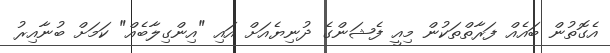
އެގޮތުން ބައެއް ފަރާތްތަކުން މިއީ ފެޝަންގެ ދުނިޔެއަށް އައި "އިންގިލާބެއް" ކަމަށް ބުނާއިރު